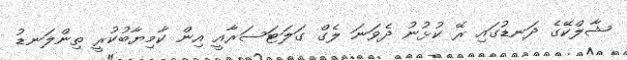
ޝާލްކޭގެ ދަނޑުގައި ރޭ ކުޅުނު ދެވަނަ ލެގް ގަލަޓަސަރާއީ އިން ކާމިޔާބުކުރީ ތިންލަނޑު